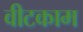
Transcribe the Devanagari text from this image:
वीटकाम